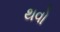
થવો